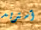
آستريد